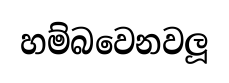
හම්බවෙනවලූ